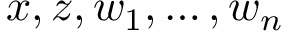
x , z , w _ { 1 } , \ldots , w _ { n }